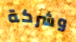
وشركة